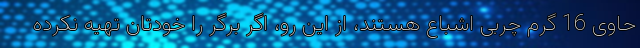
حاوی 16 گرم چربی اشباع هستند، از این رو، اگر برگر را خودتان تهیه نکرده